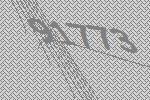
91773